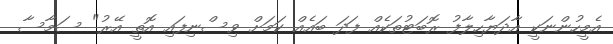
އެމީހުންނަކީ އާދަޔާހިލާފު ރޮބަޓުތަކެއް ފަދަ ބައެއް ކަމަށް ވިސްނިފައި އޮތީ އޭރު" ސަމާސާ